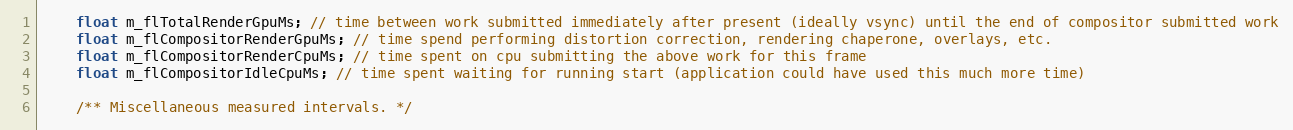
Language: C
	float m_flTotalRenderGpuMs; // time between work submitted immediately after present (ideally vsync) until the end of compositor submitted work
	float m_flCompositorRenderGpuMs; // time spend performing distortion correction, rendering chaperone, overlays, etc.
	float m_flCompositorRenderCpuMs; // time spent on cpu submitting the above work for this frame
	float m_flCompositorIdleCpuMs; // time spent waiting for running start (application could have used this much more time)

	/** Miscellaneous measured intervals. */